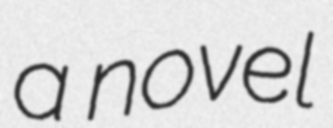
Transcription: a novel